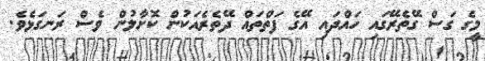
މީގެ ގަސް ގޭތެރޭގައި ހައްދައި އޭގެ ފަތްތައް ދޭތެރެއަކުން ކޮށާލުން ވެސް ރަނގަޅެވެ.